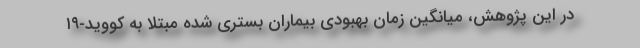
در این پژوهش، میانگین زمان بهبودی بیماران بستری شده مبتلا به کووید-۱۹